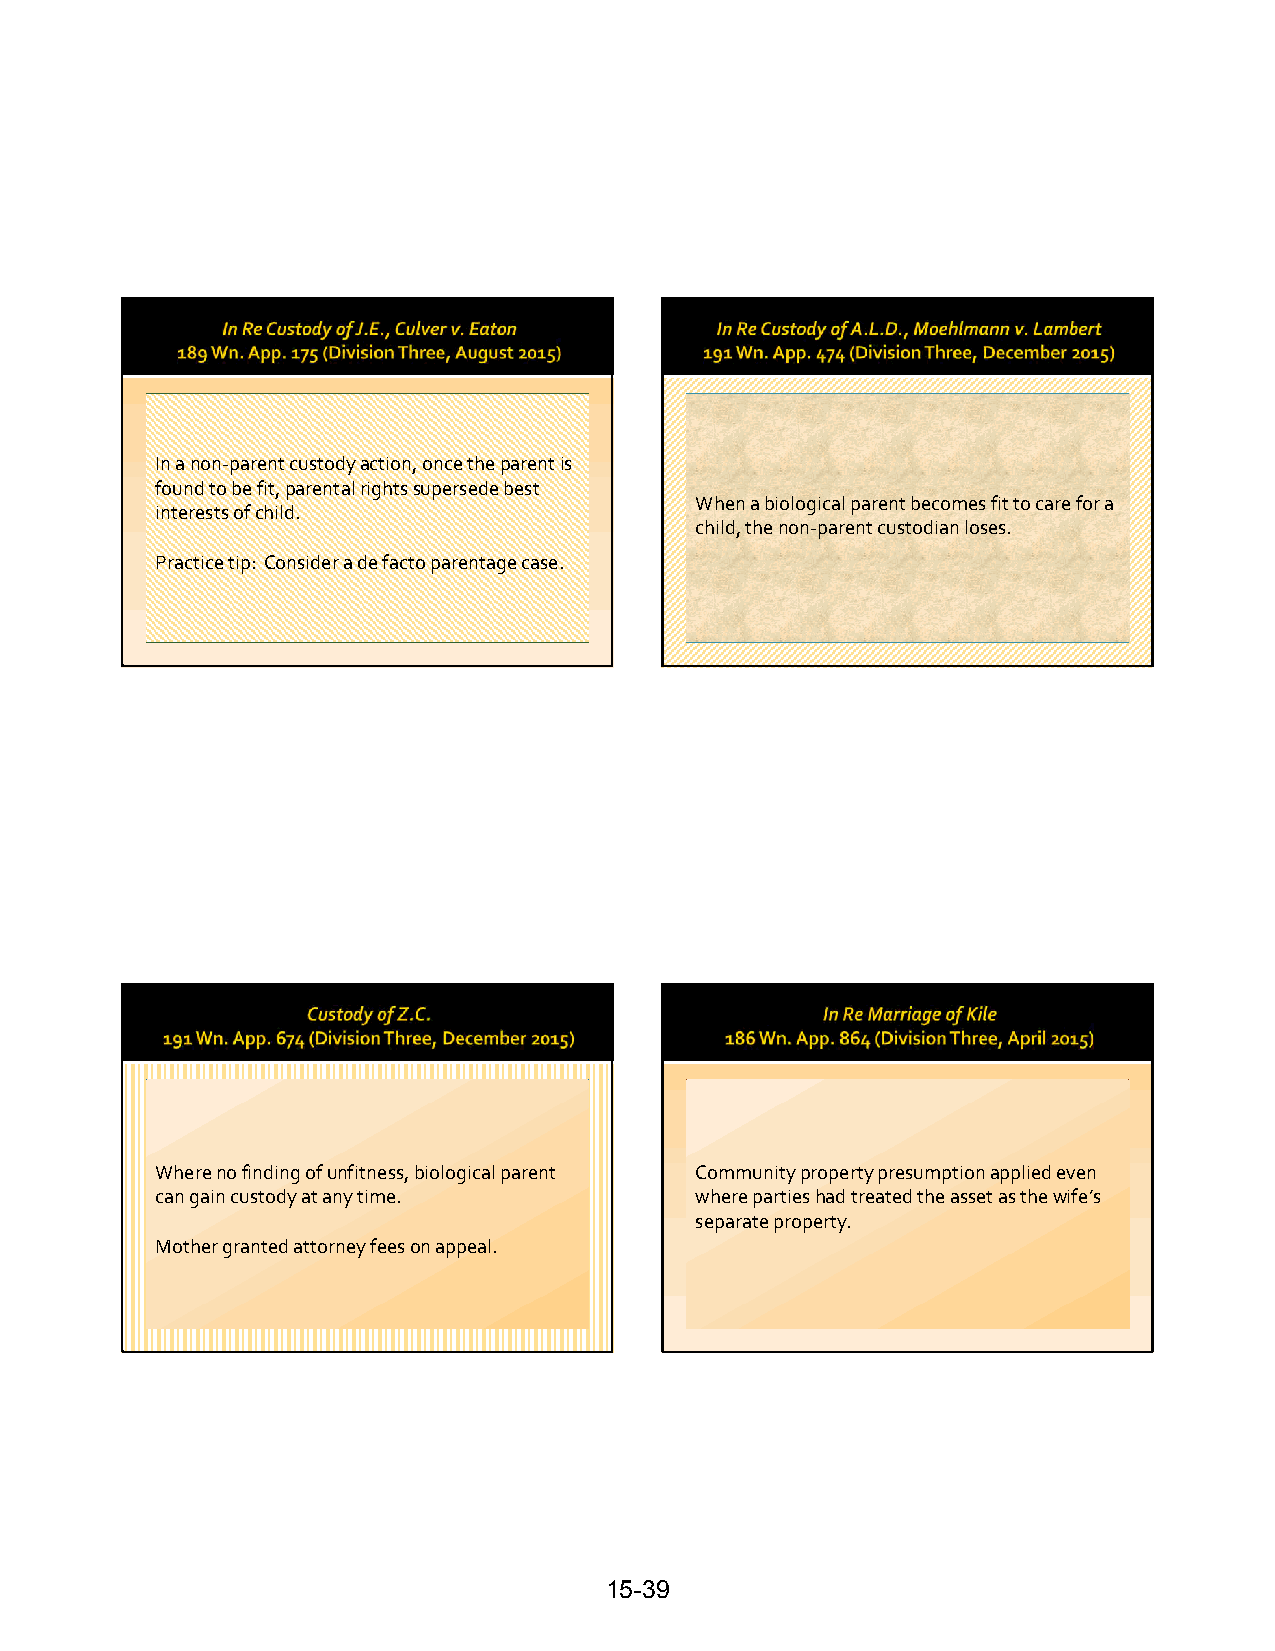
In a non‐parent custody action, once the parent is
 found to be fit, parental rights supersede best
 When a biological parent becomes fit to care for a
 interests of child.
 child, the non‐parent custodian loses.
 Practice tip: Consider a de facto parentage case.
 Where no finding of unfitness, biological parent Community property presumption applied even
 can gain custody at any time.       where parties had treated the asset as the wife’s
 separate property.
 Mother granted attorney fees on appeal.
 15-39